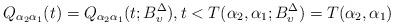
LaTeX: \begin{align*} Q_{\alpha_2 \alpha_1}(t) = Q_{\alpha_2\alpha_1}(t;B^\Delta_\upsilon), t < T(\alpha_2 ,\alpha_1;B^\Delta_\upsilon) = T(\alpha_2 , \alpha_1)\end{align*}